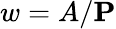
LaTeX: w=A/\mathbf{P}